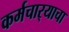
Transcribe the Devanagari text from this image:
कर्मचार्‍याचा